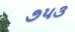
૭૫૩